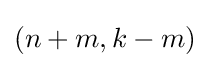
(n+m,k-m)